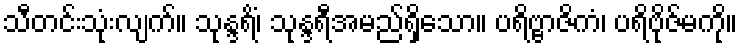
သီတင်းသုံးလျက်။ သုန္ဒရိံ၊ သုန္ဒရီအမည်ရှိသော။ ပရိဗ္ဗာဇိကံ၊ ပရိဗိုဇ်မကို။